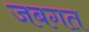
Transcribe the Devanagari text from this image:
जबगत